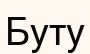
Буту